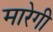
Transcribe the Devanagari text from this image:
मारेगी